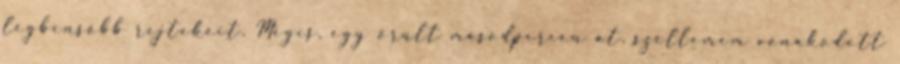
legbensőbb rejtekeit. Mégis, egy őrült másodpercen át, szellemem vonakodott